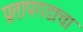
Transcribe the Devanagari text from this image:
प्रतापगडाचा